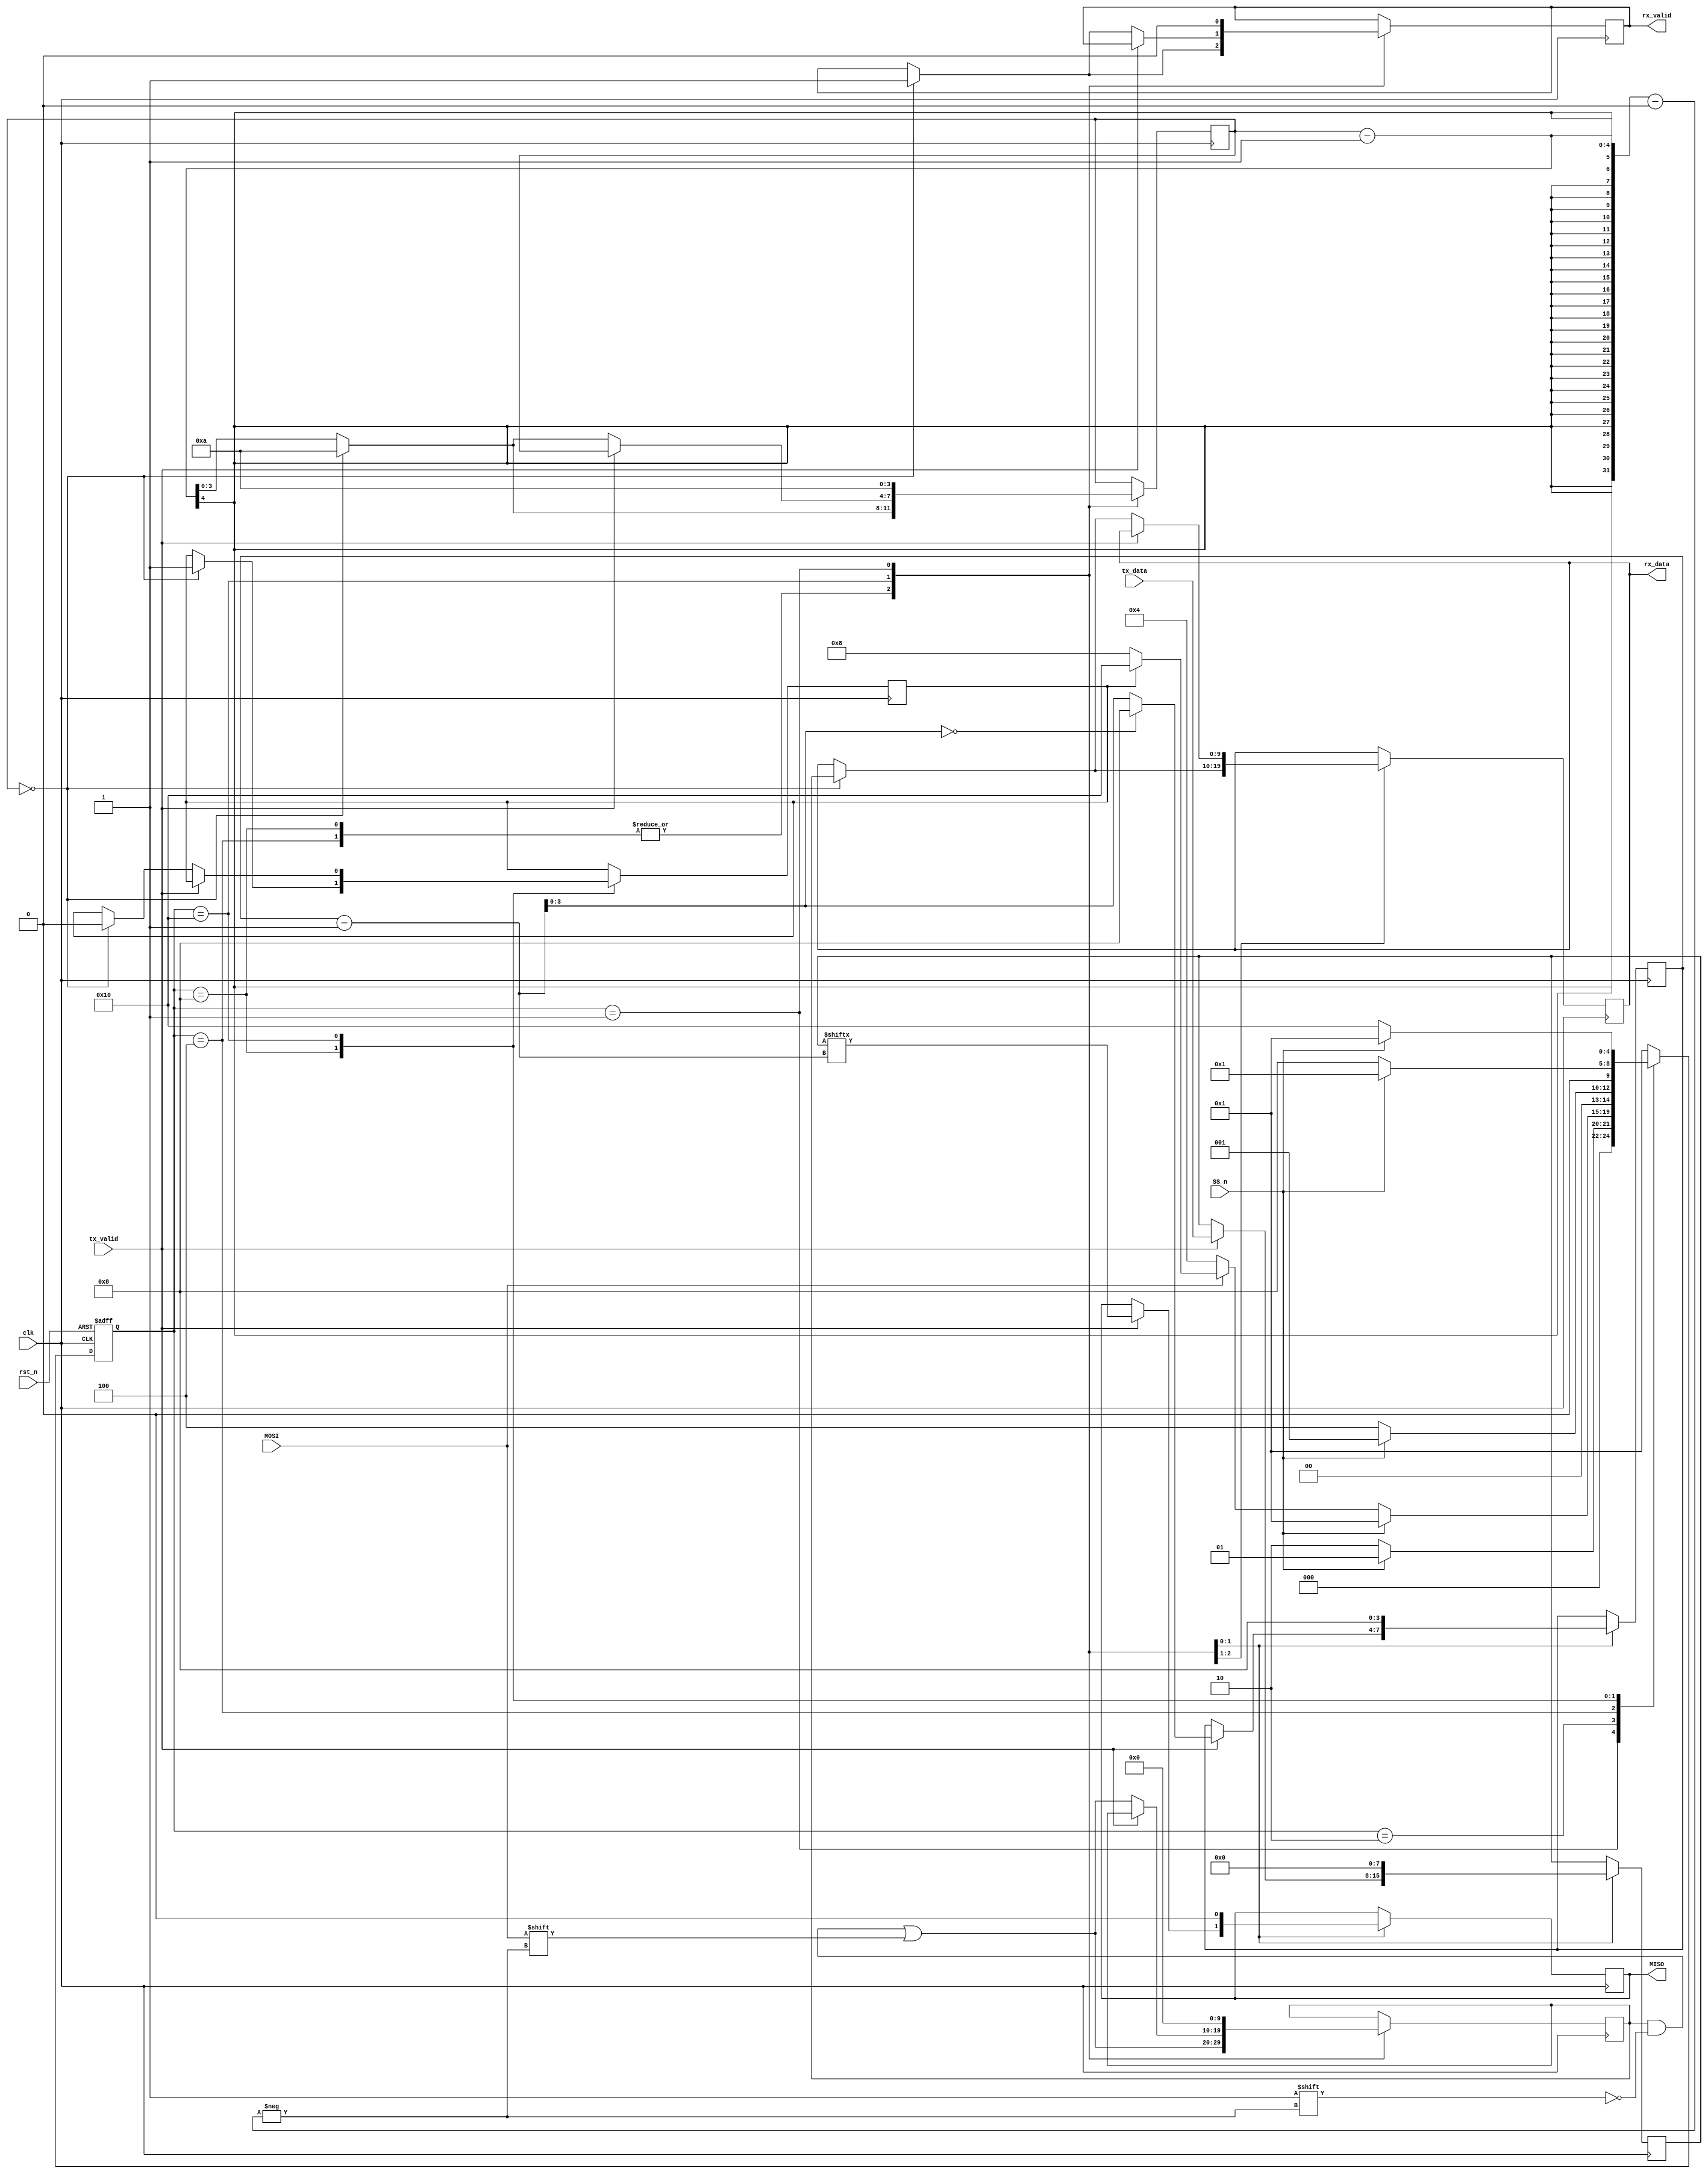
module SPI (MOSI,MISO,SS_n,clk,rst_n,rx_data,tx_data,rx_valid,tx_valid);

    //parameters
    parameter TX_SIZE = 8;
    parameter RX_SIZE = 10;
    //decler states as parameter
    parameter IDLE = 5'b00001;
    parameter CHK_CMD = 5'b00010;
    parameter WRITE = 5'b00100;
    parameter READ_ADD = 5'b01000;
    parameter READ_DATA = 5'b10000;

    //inputs
    input  MOSI, clk, rst_n, SS_n, tx_valid;
    input [TX_SIZE-1:0] tx_data;

    //outputs
    output reg [RX_SIZE-1:0] rx_data;
    //output reg [RX_SIZE-1:0] rx_data0;
    //output reg [RX_SIZE-1:0] rx_data1;
    output reg rx_valid;
    output reg MISO;

    //regs
    reg [4:0] cs,ns;
    reg read_data_falg  ;
    reg [3:0] counter ,  counter1 ;
    reg [9:0]spbus ;
    reg [7:0]psbus;
    //reg [RX_SIZE-1:0] counter ;
    //reg [RX_SIZE-1:0]  bit_counter_pts;

    //genvar  i;


    //state memory block
    always @(posedge clk or negedge rst_n)begin
        if(~rst_n) cs <= IDLE;
        else cs <= ns;
    end

    //next state block
    always @(*) begin
        case (cs)
            IDLE:begin
                //check SS_n = 1
                if(SS_n) ns = IDLE;
                else ns = CHK_CMD;
            end 

            CHK_CMD:begin
                //check SS_n = 1
                if(SS_n) ns = IDLE;
                //when SS_n = 0
                else begin
                    //when mosi = 1 and read_data_flag = 0
                    if(MOSI) begin
                        if(read_data_falg) begin
                            ns <= READ_DATA;
                        end
                         //when mosi = 1 and read_Data_flag = 1
                        else begin
                            ns <= READ_ADD;
                            //read_data_falg = 0;
                        end
                    end
                    //when mosi = 0
                    else ns <= WRITE;
                end
            end

            WRITE:begin
                //when SS_n = 0
                if(SS_n) ns = IDLE; //&& bit_counter_stp != RX_SIZE-1 ) 
                //when SS_n = 1
                else ns = WRITE;
            end

            READ_ADD:begin
                if(SS_n)ns = IDLE;// && counter != RX_SIZE-1 ) 
                //when SS_n =1
                else ns = READ_ADD;
            end

            READ_DATA:begin
                if(SS_n) ns = IDLE; // && bit_counter_pts != TX_SIZE-1 ) 
                //when SS_n =1
                else ns = READ_DATA;
            end
            default: ns = IDLE;
        endcase
    end

    //output block
    always @(posedge clk) begin
        case(cs)
            WRITE:begin
                spbus[counter-1] <= MOSI;
                counter <= counter - 1 ;     
                if(counter == 0) begin
                    counter <= 10;  
                    rx_valid <= 1;
                    rx_data <= spbus;
                end                          
            end

            READ_ADD:begin
                spbus[counter-1] <= MOSI;
                counter <= counter - 1;
                if(counter ==0 ) begin
                    counter <= 10;
                    rx_valid <= 1;
                    rx_data <= spbus;
                    read_data_falg <= 1;
                end
            end

        READ_DATA:begin
            if(~tx_valid)begin
                spbus[counter-1] <= MOSI;
                counter<=counter-1;
                if(counter==0)begin
                counter<=10;
                rx_valid<=1;
                rx_data<=spbus;
                read_data_falg<=0;
                end
            end
            else begin
                psbus<=tx_data;
                MISO<=psbus[counter1-1];
                counter1=counter1-1;
                if(counter1==0)
                counter1<=8;
            end
        end

        IDLE:begin
            rx_valid <= 0;
            MISO <=0;
            counter <= 10;
            counter1 <= 8;
            psbus<=0;
            spbus <= 0;
            end
        endcase
    end

endmodule